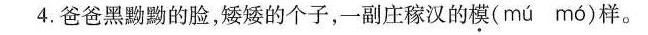
4. 爸爸黑黝黝的脸，矮矮的个子，一副庄稼汉的模( mu mo )样。